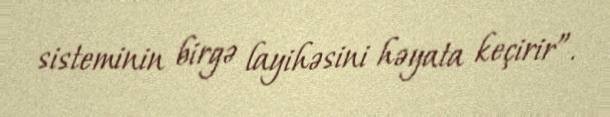
sisteminin birgə layihəsini həyata keçirir”.